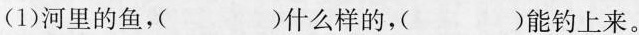
(1)河里的鱼，()什么样的， ()能钓上来。